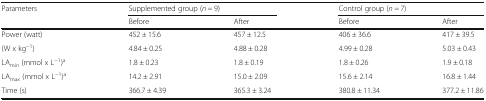
<table><thead><tr><td rowspan="2"><b>Parameters</b></td><td colspan="2"><b>Supplemented group (<i>n =</i> 9)</b></td><td colspan="2"><b>Control group (<i>n =</i> 7)</b></td></tr><tr><td><b>Before</b></td><td><b>After</b></td><td><b>Before</b></td><td><b>After</b></td></tr></thead><tbody><tr><td>Power (watt)</td><td>452 ± 15.6</td><td>457 ± 12.5</td><td>406 ± 36.6</td><td>417 ± 39.5</td></tr><tr><td>(W x kg<sup>−1</sup>)</td><td>4.84 ± 0.25</td><td>4.88 ± 0.28</td><td>4.99 ± 0.28</td><td>5.03 ± 0.43</td></tr><tr><td>LA<sub>min</sub> (mmol x L<sup>−1</sup>)<sup>a</sup></td><td>1.8 ± 0.23</td><td>1.8 ± 0.19</td><td>1.8 ± 0.26</td><td>1.9 ± 0.18</td></tr><tr><td>LA<sub>max</sub> (mmol x L<sup>−1</sup>)<sup>a</sup></td><td>14.2 ± 2.91</td><td>15.0 ± 2.09</td><td>15.6 ± 2.14</td><td>16.8 ± 1.44</td></tr><tr><td>Time (s)</td><td>366.7 ± 4.39</td><td>365.3 ± 3.24</td><td>380.8 ± 11.34</td><td>377.2 ± 11.86</td></tr></tbody></table>